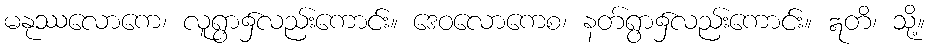
မနုဿလောကေ၊ လူရွာ၌လည်းကောင်း။ ဒေဝလောကေစ၊ နတ်ရွာ၌လည်းကောင်း။ ဣတိ၊ သို့။